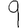
Digit: 9